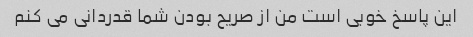
این پاسخ خوبی است من از صریح بودن شما قدردانی می کنم